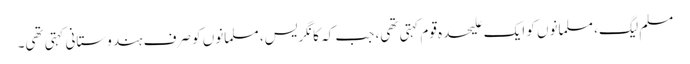
مسلم لیگ، مسلمانوں کو ایک علیحدہ قوم کہتی تھی، جب کہ کانگریس، مسلمانوں کو صرف ہندوستانی کہتی تھی۔